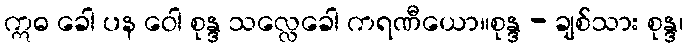
ဣဓ ခေါ ပန ဝေါ စုန္ဒ သလ္လေခေါ ကရဏီယော။စုန္ဒ - ချစ်သား စုန္ဒ၊